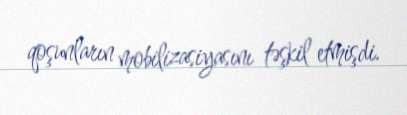
qoşunların mobilizasiyasını təşkil etmişdi.